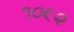
૧૦૯૨